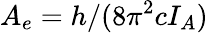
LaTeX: A_{e}=h/(8\pi^{2}cI_{A})